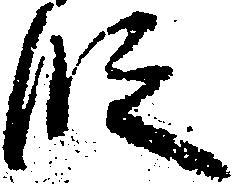
段